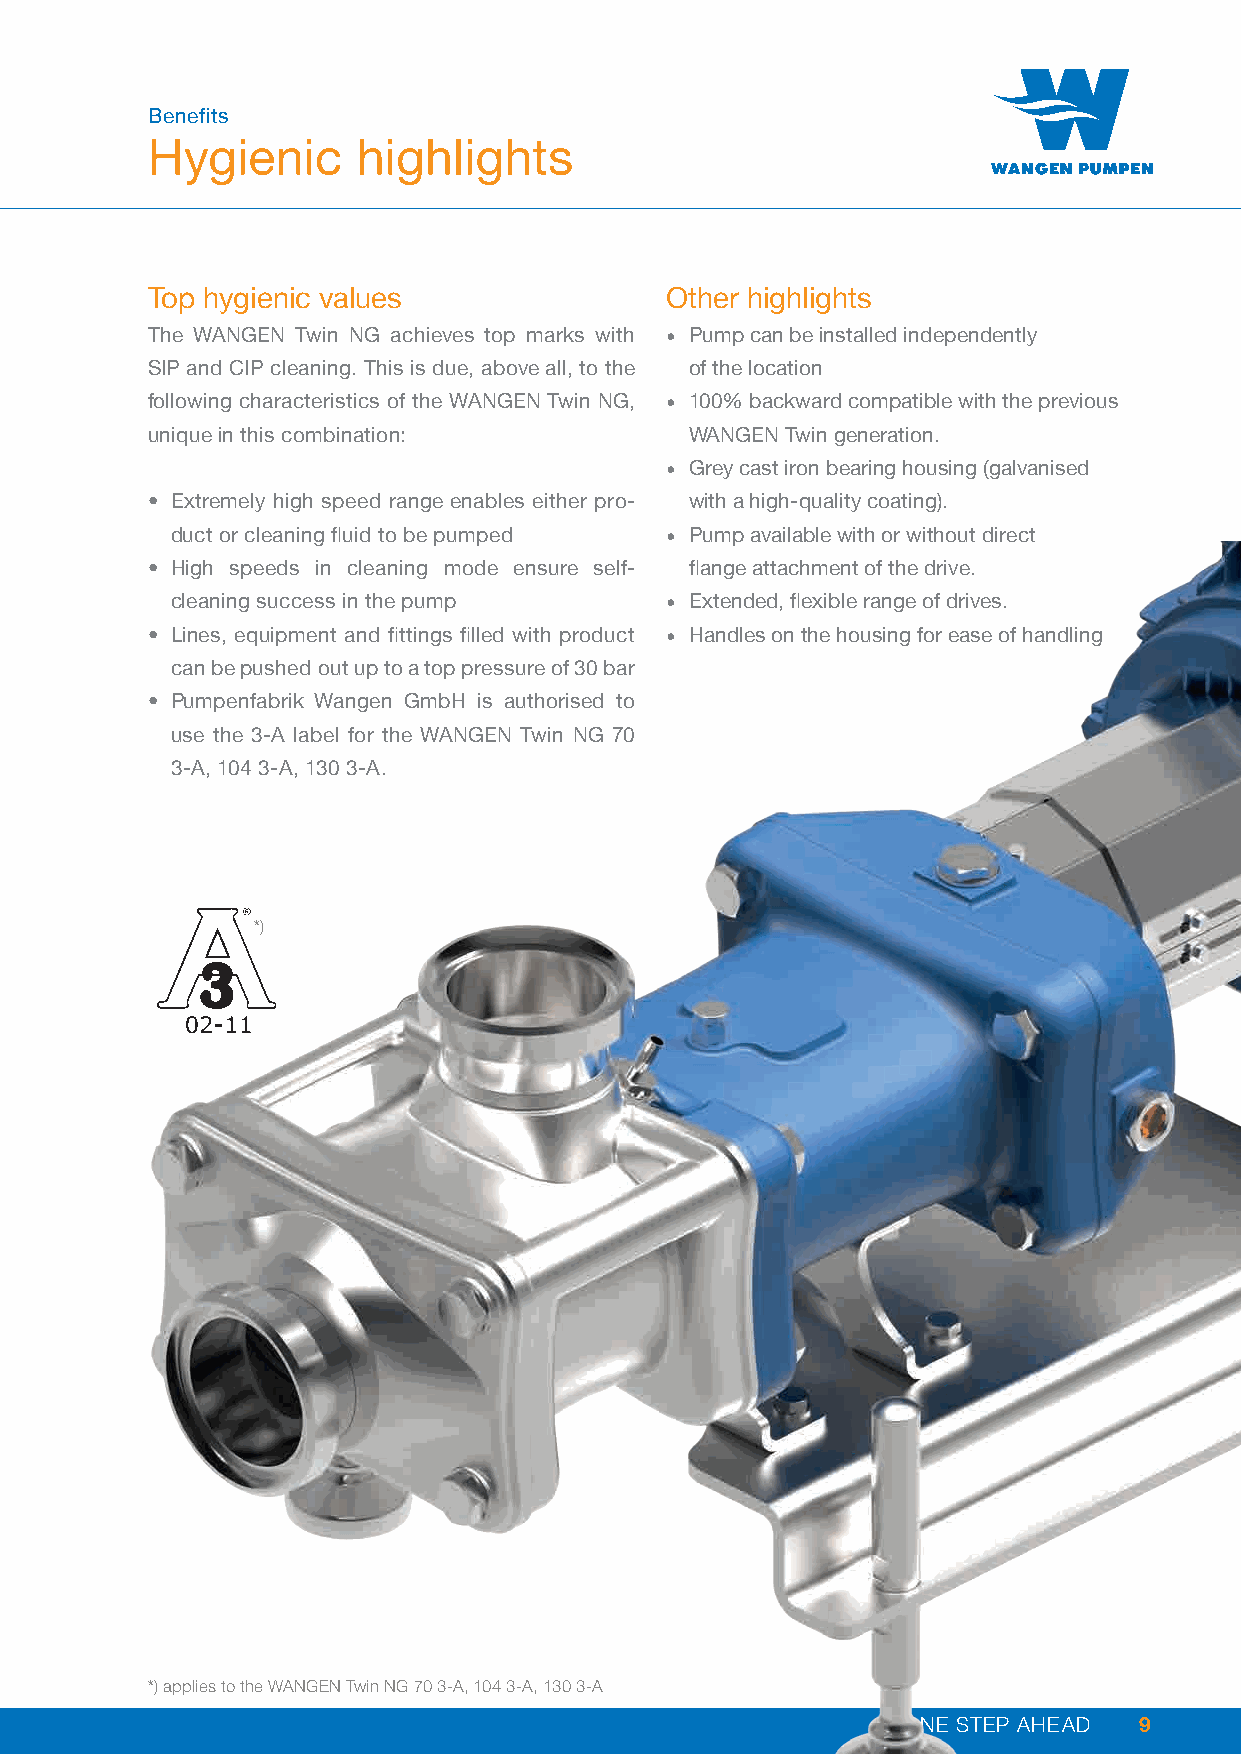
Benefits
 Hygienic      highlights
 Top hygienic values               Other highlights
 The WANGEN Twin NG achieves top marks with • Pump can be installed independently
 SIP and CIP cleaning. This is due, above all, to the of the location
 following characteristics of the WANGEN Twin NG, • 100% backward compatible with the previous
 unique in this combination:         WANGEN Twin generation.
 • Grey cast iron bearing housing (galvanised
 • Extremely high speed range enables either pro- with a high-quality coating).
 duct or cleaning fluid to be pumped • Pump available with or without direct
 • High speeds in cleaning mode ensure self- flange attachment of the drive.
 cleaning success in the pump     • Extended, flexible range of drives.
 • Lines, equipment and fittings filled with product • Handles on the housing for ease of handling
 can be pushed out up to a top pressure of 30 bar
 • Pumpenfabrik Wangen GmbH is authorised to
 use the 3-A label for the WANGEN Twin NG 70
 3-A, 104 3-A, 130 3-A.
 *)
 *) applies to the WANGEN Twin NG 70 3-A, 104 3-A, 130 3-A
 ONE STEP AHEAD 9